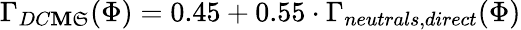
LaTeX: \Gamma_{DC\mathbf{M}\mathfrak{S}}(\Phi)=0.45+0.55\cdot\Gamma_{neutrals,direct}(\Phi)